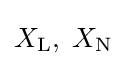
X_{\text{L}},\;X_{\text{N}}